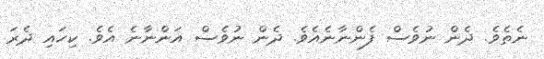
ނެތެވެ. ދެން ނުވެސް ފެންނާނެއެވެ. ދެން ނުވެސް އަންނާނެ އެވެ. ކިހައި ދެރަ